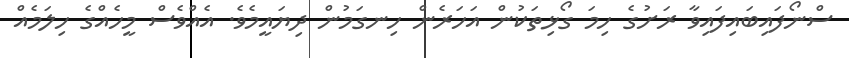
ސްނޯފައިބައިފައިވާ ރަށުގެ ހިމަ ގޯޅިތަކުން އަހަރެން ހިނގަމުން ދިޔައީމެވެ. އެއްވެސް މީހެއްގެ ހިލަމެއް